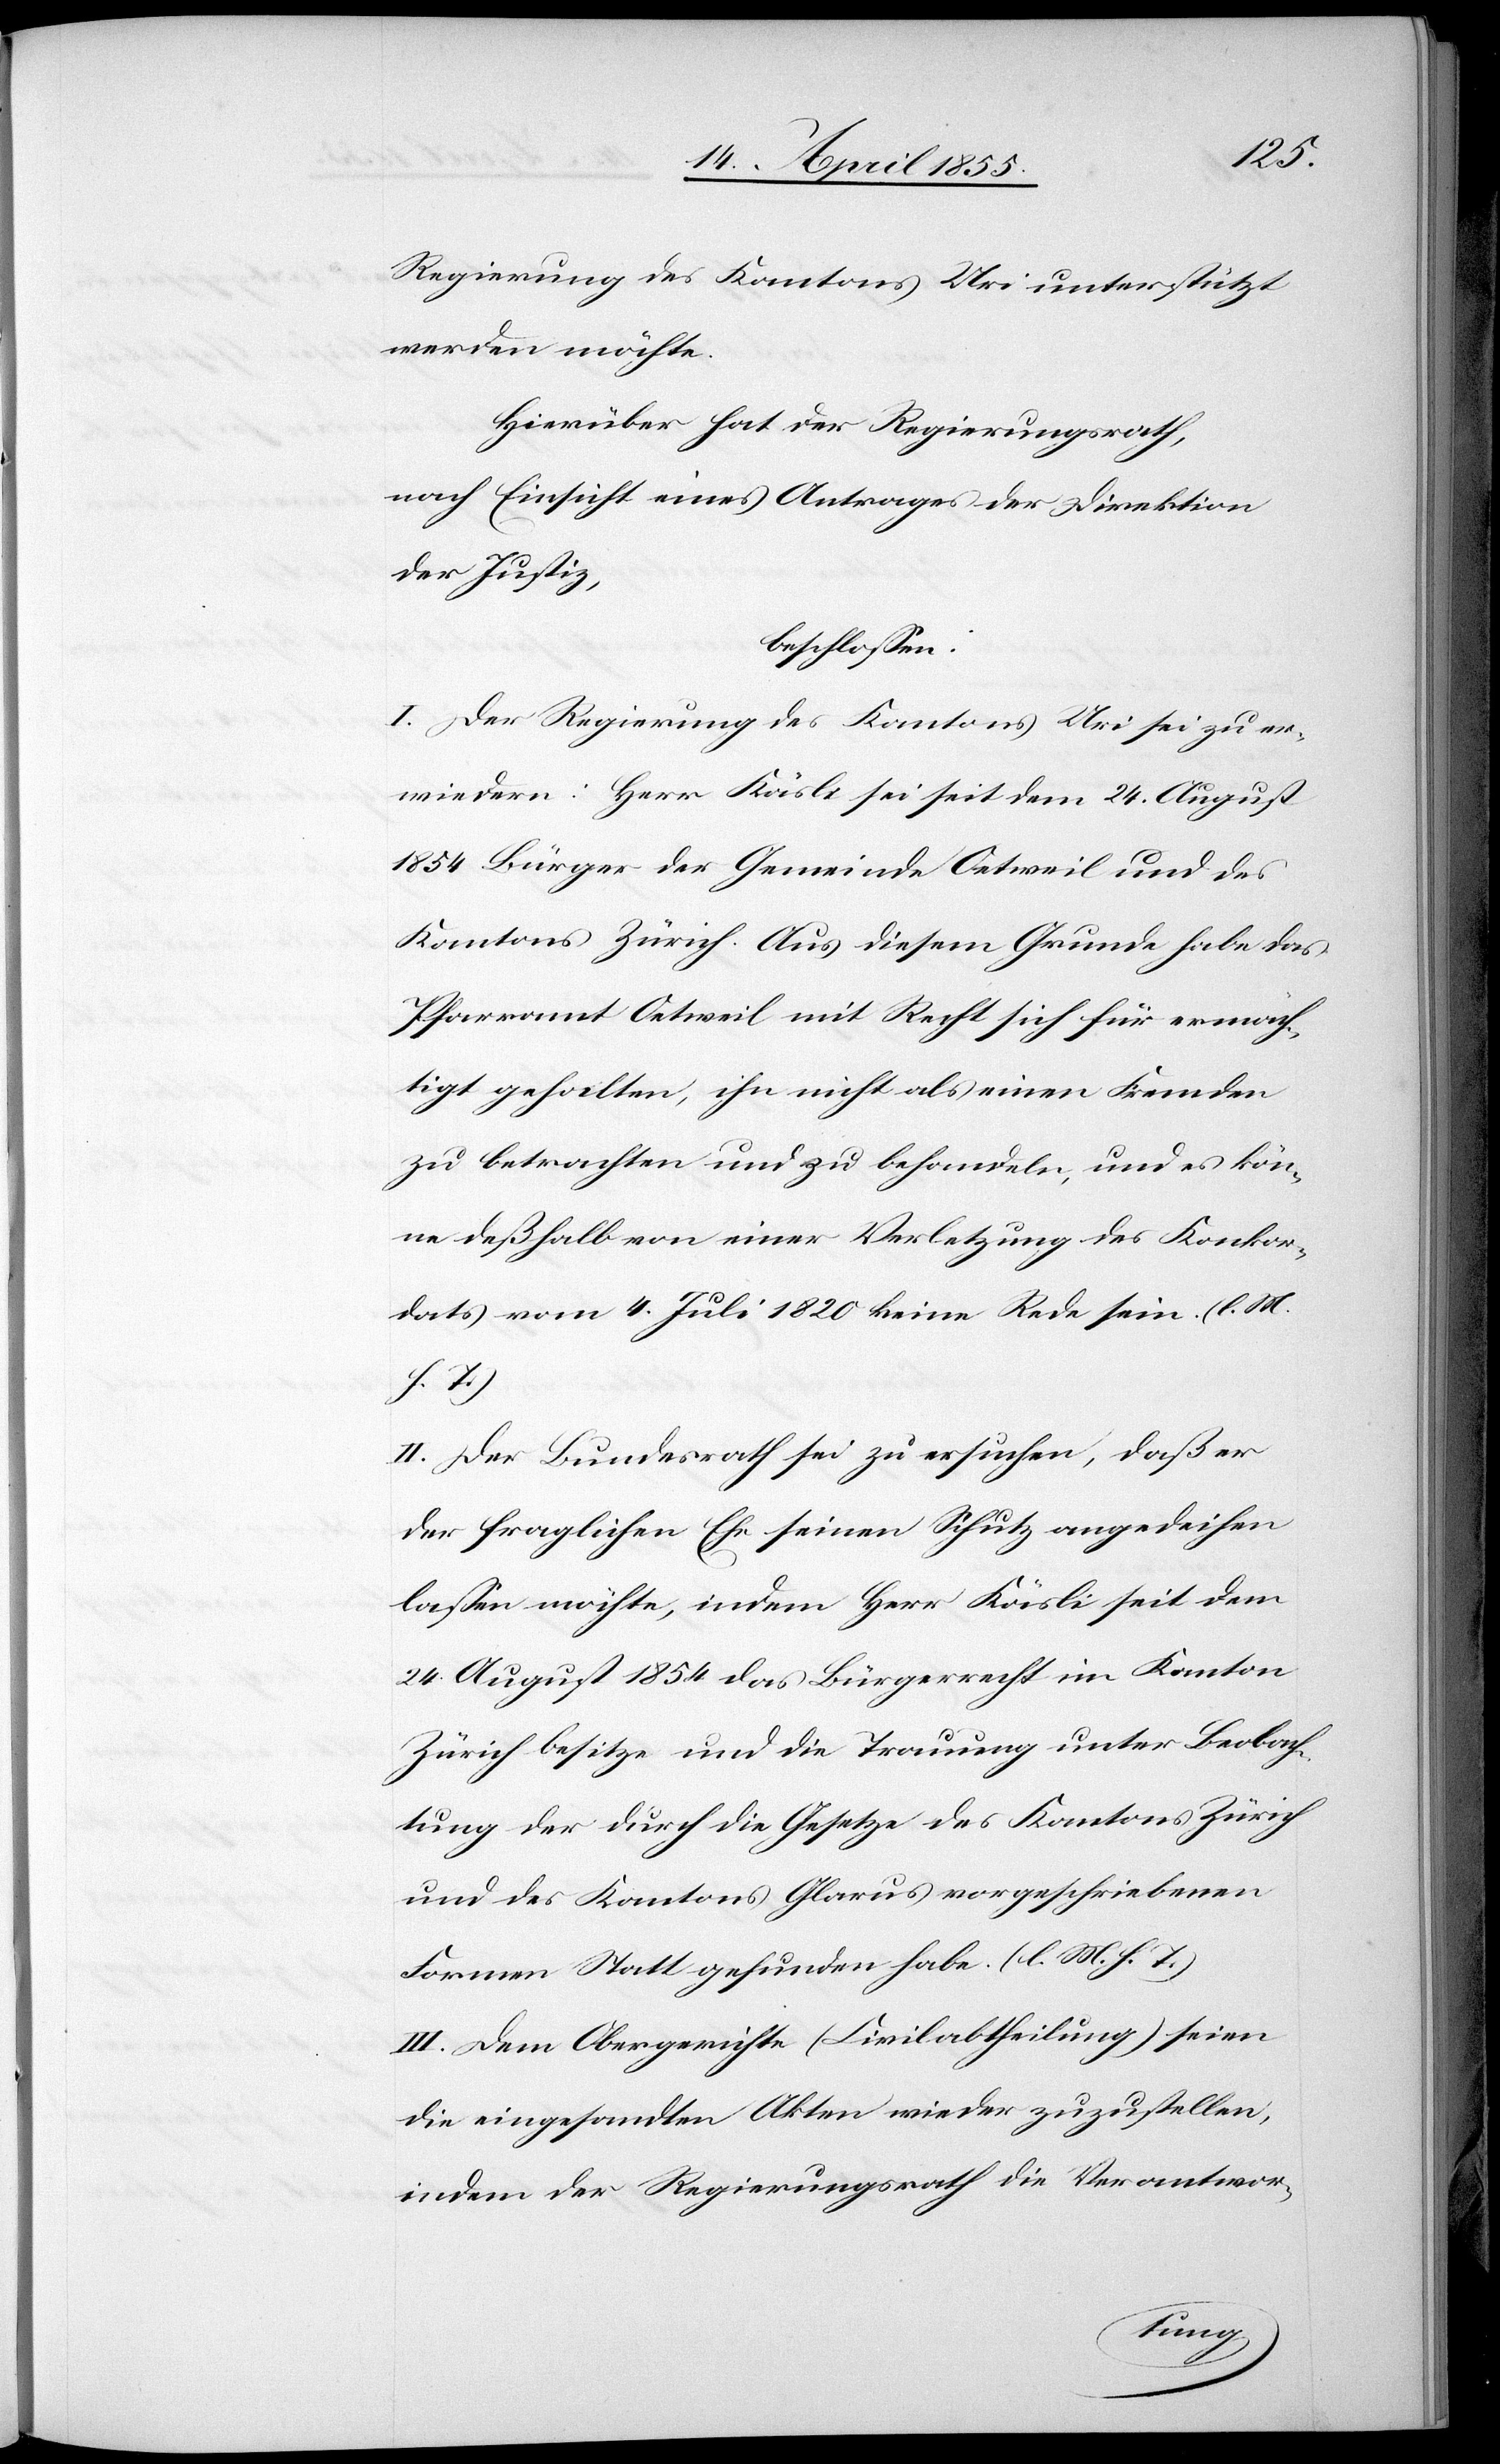
Regierung des Kantons Uri unterstützt
werden möchte.
Hierüber hat der Regierungsrath,
nach Einsicht eines Antrages der Direktion
der Justiz,
beschlossen:
I. Der Regierung des Kantons Uri sei zu er¬
wiedern: Herr Käsli sei seit dem 24. August
1854 Bürger der Gemeinde Oetweil und des
Kantons Zürich. Aus diesem Grunde habe das
Pfarramt Oetweil mit Recht sich für ermäch¬
tigt gehalten, ihn nicht als einen Fremden
zu betrachten und zu behandeln, und es kön¬
ne deßhalb von einer Verletzung des Konkor¬
dats vom 4. Juli 1820 keine Rede sein. (l. M.
h. T.)
II. Der Bundesrath sei zu ersuchen, daß er
der fraglichen Ehe seinen Schutz angedeihen
lassen möchte, indem Herr Käsli seit dem
24. August 1854 das Bürgerrecht im Kanton
Zürich besitze und die Trauung unter Beobach¬
tung der durch die Gesetze des Kantons Zürich
und des Kantons Glarus vorgeschriebenen
Formen Statt gefunden habe. (l. M. h. T.)
III. Dem Obergerichte (Civilabtheilung) seien
die eingesandten Akten wieder zuzustellen,
indem der Regierungsrath die Verantwor-